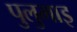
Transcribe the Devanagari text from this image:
पुलुमाइ